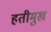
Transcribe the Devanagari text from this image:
हतीमुख